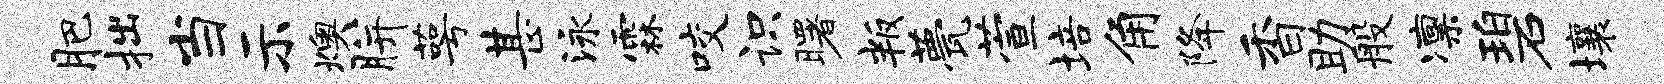
肥拙当示燠胼萼甚泳霖咬识曙叛甍萱培角降香助般凛碧壤